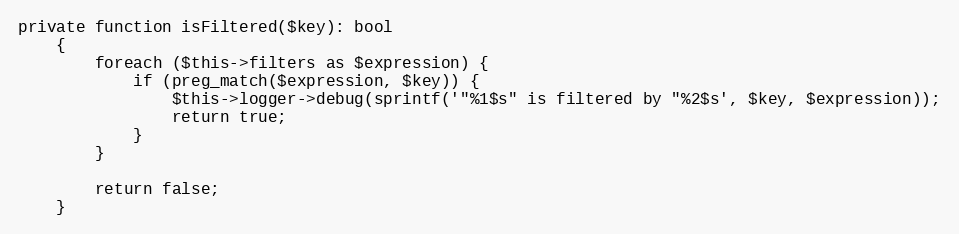
Language: PHP
private function isFiltered($key): bool
    {
        foreach ($this->filters as $expression) {
            if (preg_match($expression, $key)) {
                $this->logger->debug(sprintf('"%1$s" is filtered by "%2$s', $key, $expression));
                return true;
            }
        }

        return false;
    }